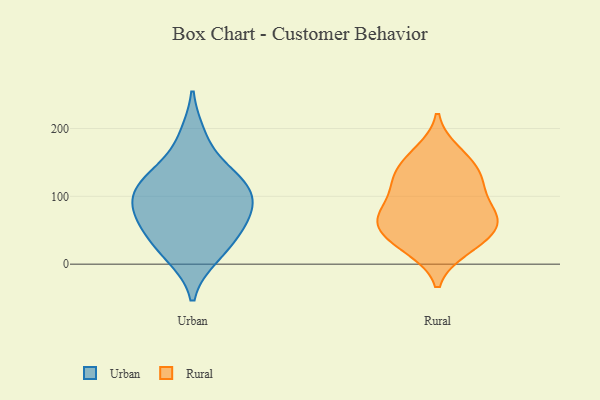
{"axis": {"x": "Gross Profit (USD K)", "y": "Value"}, "legend": ["Rural", "Urban"], "data": [{"x": "", "y": 81, "type": "Urban"}, {"x": "", "y": 52, "type": "Urban"}, {"x": "", "y": 95, "type": "Urban"}, {"x": "", "y": 110, "type": "Urban"}, {"x": "", "y": 131, "type": "Urban"}, {"x": "", "y": 110, "type": "Urban"}, {"x": "", "y": 20, "type": "Urban"}, {"x": "", "y": 189, "type": "Urban"}, {"x": "", "y": 52, "type": "Urban"}, {"x": "", "y": 134, "type": "Urban"}, {"x": "", "y": 12, "type": "Urban"}, {"x": "", "y": 73, "type": "Urban"}, {"x": "", "y": 123, "type": "Rural"}, {"x": "", "y": 114, "type": "Rural"}, {"x": "", "y": 165, "type": "Rural"}, {"x": "", "y": 137, "type": "Rural"}, {"x": "", "y": 23, "type": "Rural"}, {"x": "", "y": 49, "type": "Rural"}, {"x": "", "y": 79, "type": "Rural"}, {"x": "", "y": 120, "type": "Rural"}, {"x": "", "y": 63, "type": "Rural"}, {"x": "", "y": 25, "type": "Rural"}, {"x": "", "y": 40, "type": "Rural"}, {"x": "", "y": 73, "type": "Rural"}, {"x": "", "y": 155, "type": "Rural"}, {"x": "", "y": 75, "type": "Rural"}, {"x": "", "y": 62, "type": "Rural"}]}